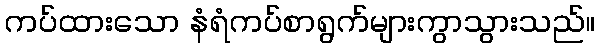
ကပ်ထားသော နံရံကပ်စာရွက်များကွာသွားသည်။